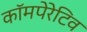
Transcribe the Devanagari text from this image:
कॉमपेरेटिव